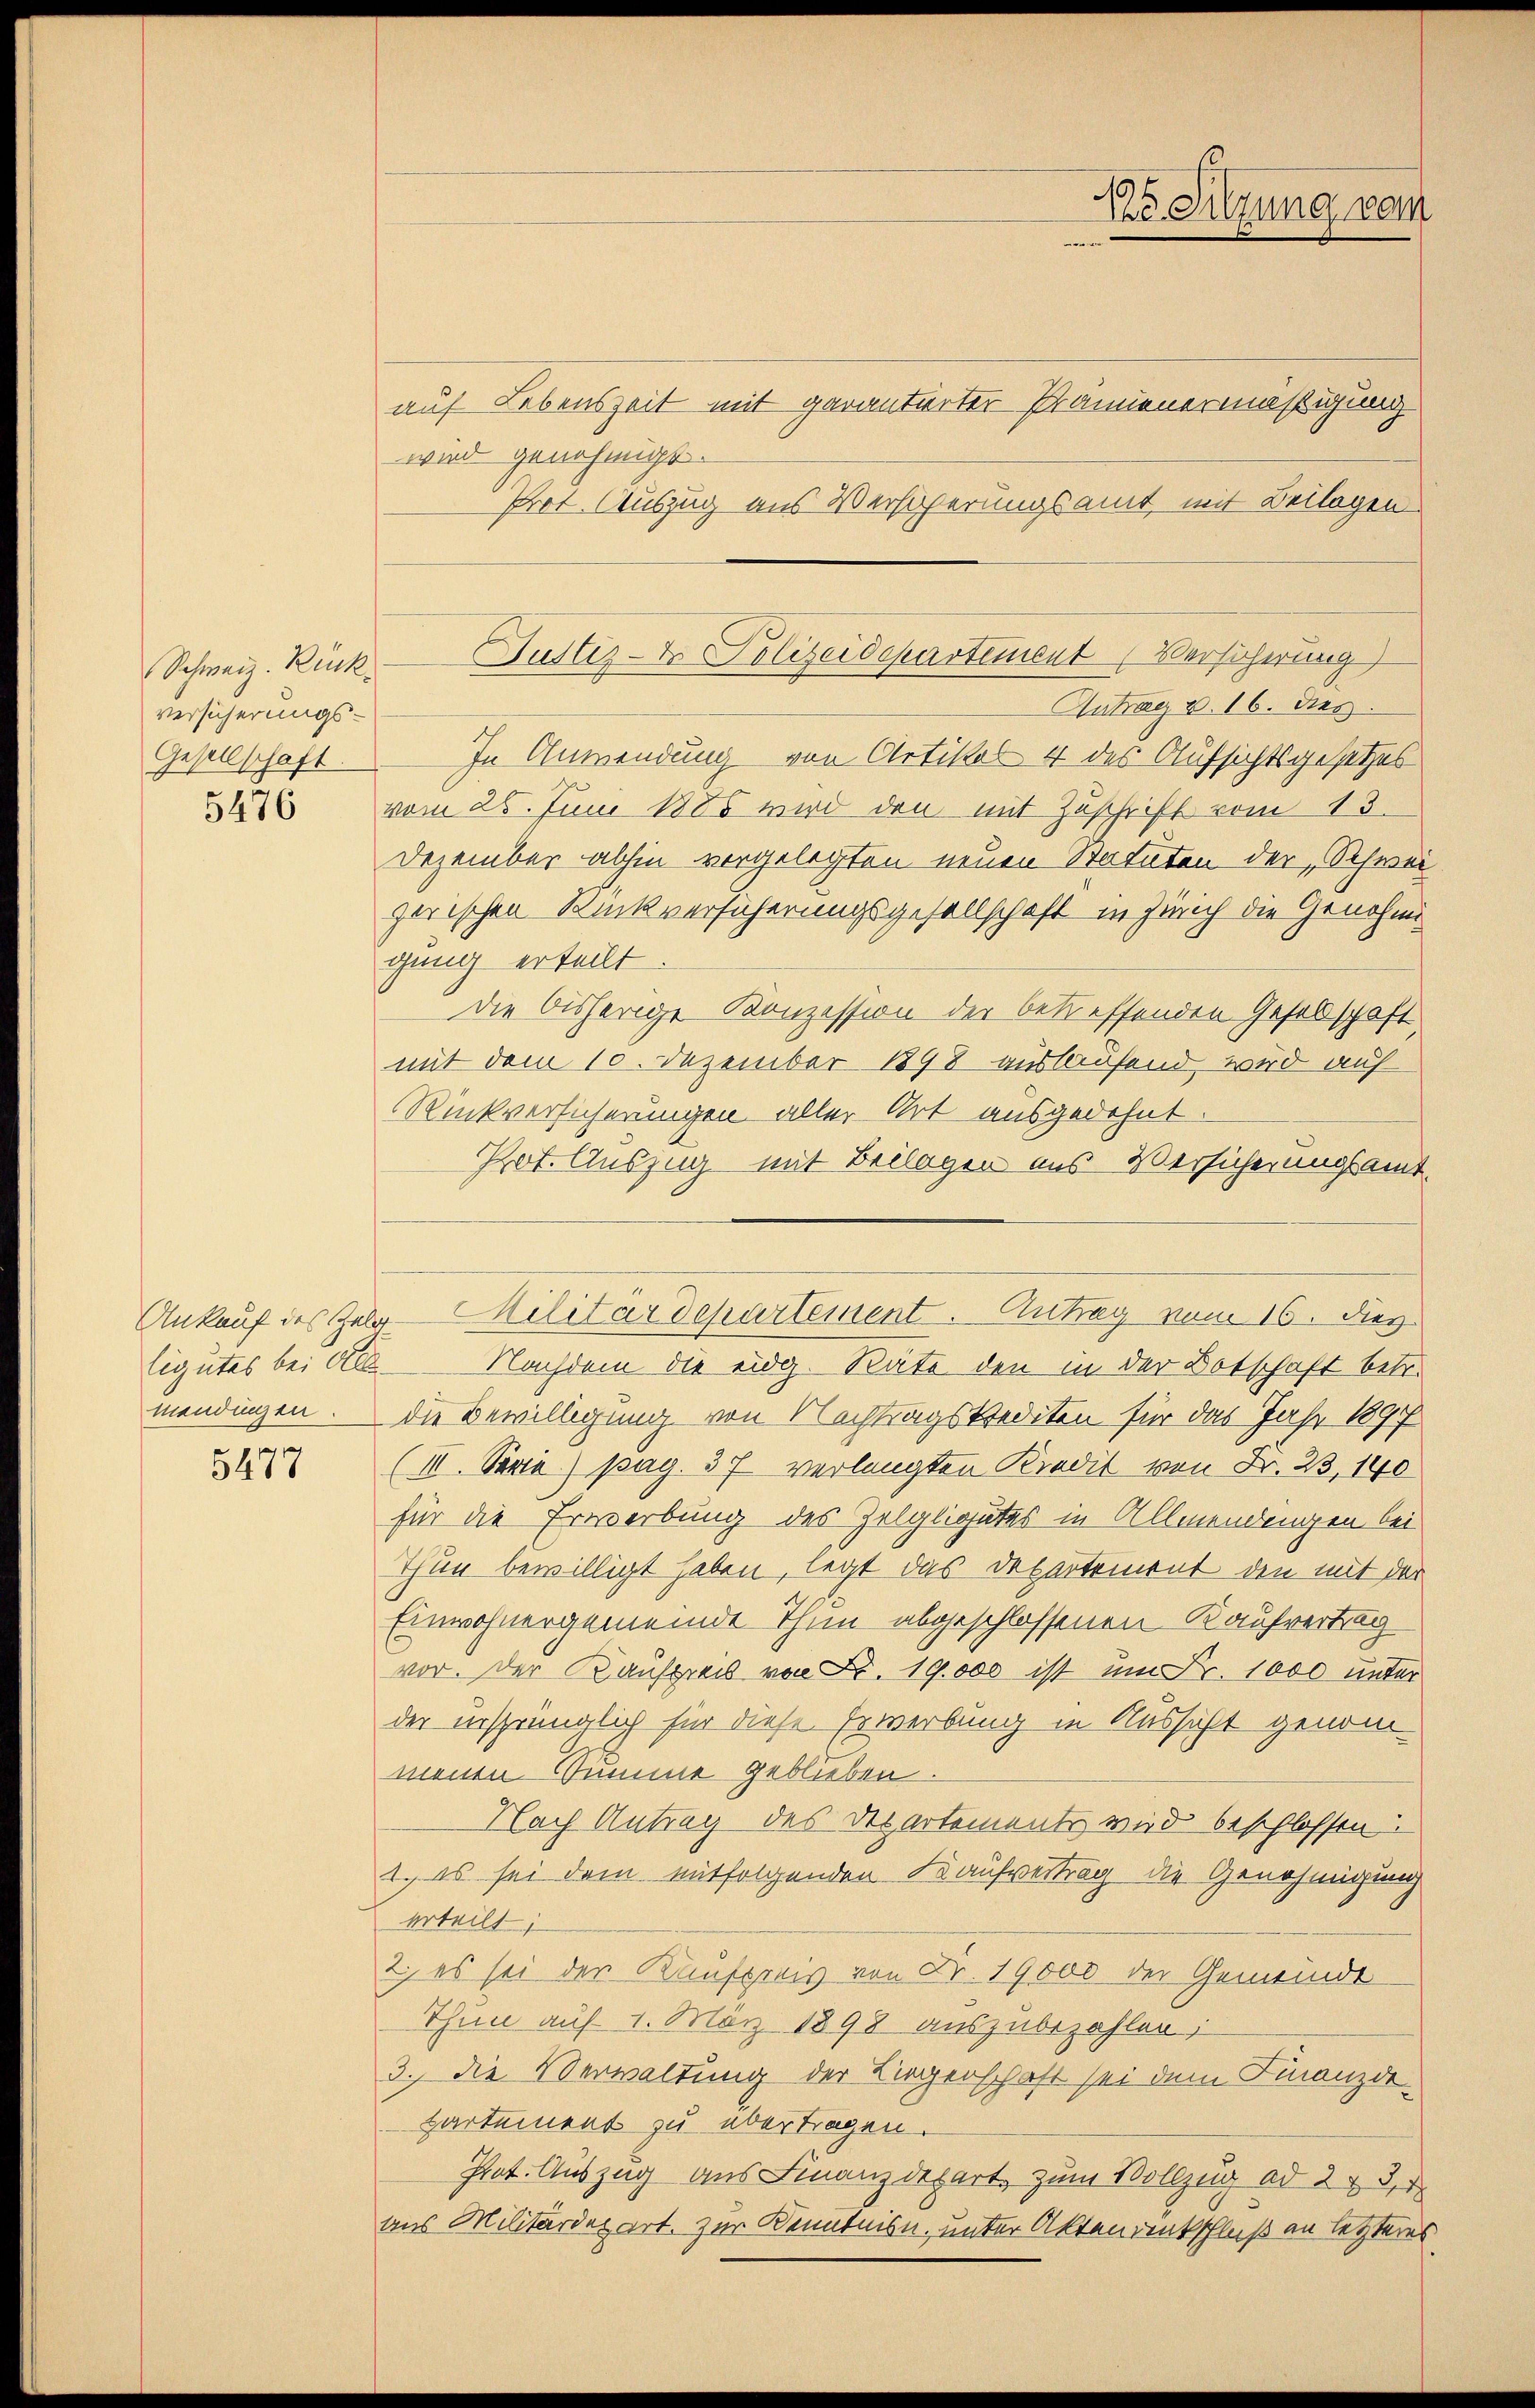
Schweiz. Rück
versicherungs¬
Gesellschaft.
5476

mendingen

5477

auf Lebenszeit mit garantirter Prannenermäßigung
wird genehmigt.
Prot. Auszug aus Versicherungsamt, mit Beilagen
Antrag v. 16. dies
In Anwendung von Artikel 4 des Aufsichtsgesetzes
vom 25. Juni 1885 wird den mit Zuschrift vom 13.
Dezember abhin vorgelegten neuen Statuten der „Schwei
zerischen Rückversicherungsgesellschaft in Zürich die Genehmigung erteilt.
Die bisherige Konzession der betreffenden Gesellschaft,
mit dem 10. Dezember 1898 auslaufend, wird auf
Rückversicherungen aller Ort ausgedehnt.
Pot. Auszug mit Beilagen aus Versicherungsamt-
Eigutes bei all. Nachdem die eidg. Räte den in der Botschaft betr.
die Bewilligung von Nachtragskrediten für das Jahr 1897
(III. Serie) pag. 37 verlangten Kredit von Fr. 23, 140
für die Erwerbung des Zelgligates in Allmendengen bei
Thun bewilligt haben, legt das Departement den mit der
Einwohnergemeinde Thun abgeschlossenen Kaufvertrag
vor. Der Kaufpreis von Fr. 19,000 ist um Fr. 1000 unter
der ursprünglich für diese Erwerbung in Aussicht genommenen Summe geblieben.
Nach Antrag des Departements wird beschlossen:
1. es sei dem mitfolgenden Kaufvertrag die Genehmigung
erteilt;
2) es sei der Kaufpreis von Fr. 19,000 der Gemeinde
Thun auf 1. März 1898 auszubezahlen;
3. die Verwaltung der Liegenschaft sei dem Finanzdipartement zu übertragen.
Pot. Auszug aus Finanzdepart zum Vollzug ad 2, 3,
aus Militärdepart. Zur Kenntnisn, unter Aktendenkschluß an letzteres

Justiz- & Polizeidepartement Versicherung

Ankauf des Zuber-Militärdepartement. Antrag vom 16. Dez.

194
de Sitzung vom
s